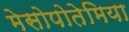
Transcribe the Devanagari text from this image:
मेसोपोतेमिया